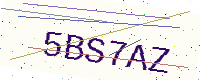
Text: 5BS7AZ